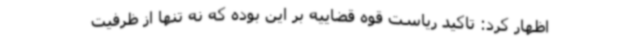
اظهار کرد: تاکید ریاست قوه قضاییه بر این بوده که نه تنها از ظرفیت